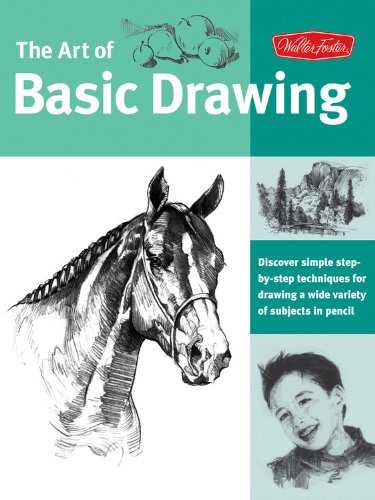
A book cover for Art of Basic Drawing: Discover simple step-by-step techniques for drawing a wide variety of subjects in pencil (Collector's Series); Walter Foster Creative Team; Arts & Photography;